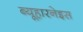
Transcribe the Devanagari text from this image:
ब्यूहारनेइस